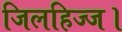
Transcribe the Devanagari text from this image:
जिलहिज्ज।